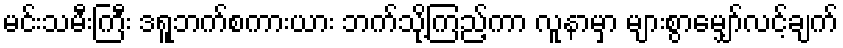
မင်းသမီးကြီး ဒရူဘက်စကားယား ဘက်သို့ကြည့်ကာ လူနာမှာ များစွာမျှော်လင့်ချက်